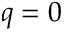
q = 0